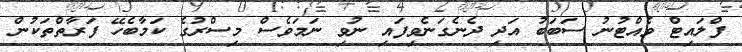
ފްލައިޓް ވެއްޓުނު ސަބަބު އަދި ދެނެގަނެވިފައި ނުވި ނަމަވެސް މިސްރުގެ ކަމާބެހޭ ފަރާތްތަކުން